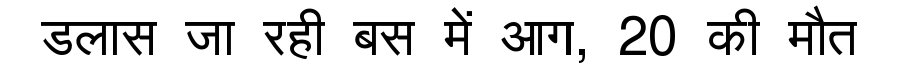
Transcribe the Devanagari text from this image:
डलास जा रही बस में आग, 20 की मौत